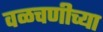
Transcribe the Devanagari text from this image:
वळचणीच्या